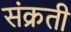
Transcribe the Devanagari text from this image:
संक्रती